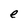
Character: e